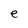
Character: e